Plague in India, 1896, 1897 - Volume 3
Year: 1896
Disease focus: Plague
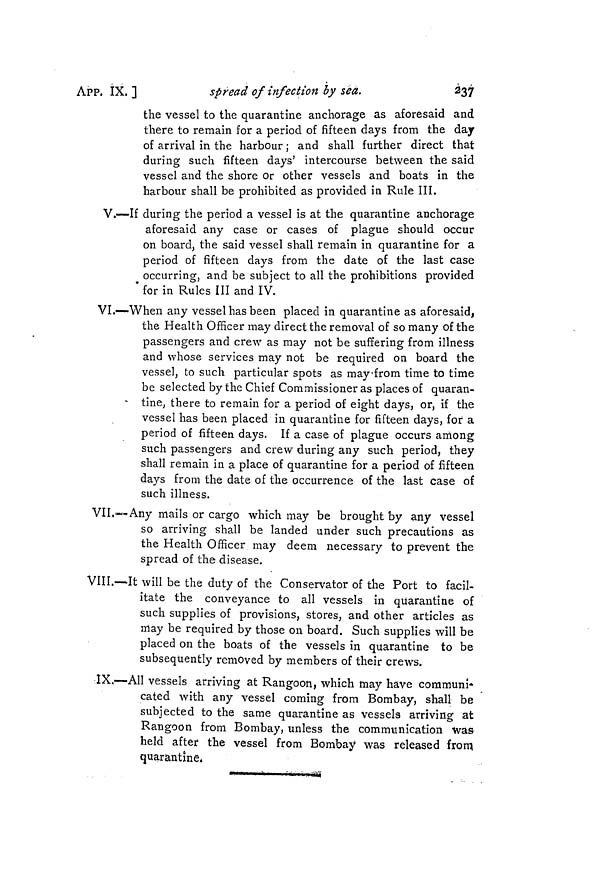
237
APP. IX.
]
spread of infection by sea.
the vessel to the quarantine anchorage as aforesaid and
there to remain for a period of fifteen days from the day
of arrival in the harbour ; and shall further direct that
during such fifteen days' intercourse between the said
vessel and the shore or other vessels and boats in the
harbour shall be prohibited as provided in Rule III.
V.—If during the period a vessel is at the quarantine anchorage
aforesaid any case or cases of plague should occur
on board, the said vessel shall remain in quarantine for a
period of fifteen days from the date of the last case
occurring, and be subject to all the prohibitions provided
for in Rules III and IV.
VI.—When any vessel has been placed in quarantine as aforesaid,
the Health Officer may direct the removal of so many of the
passengers and crew as may not be suffering from illness
and whose services may not be required on board the
vessel, to such particular spots as may from time to time
be selected by the Chief Commissioner as places of quaran-
tine, there to remain for a period of eight days, or, if the
vessel has been placed in quarantine for fifteen days, for a
period of fifteen days. If a case of plague occurs among
such passengers and crew during any such period, they
shall remain in a place of quarantine for a period of fifteen
days from the date of the occurrence of the last case of
such illness.
VII.—Any mails or cargo which may be brought by any vessel
so arriving shall be landed under such precautions as
the Health Officer may deem necessary to prevent the
spread of the disease.
VIII.—It will be the duty of the Conservator of the Port to facil-
itate the conveyance to all vessels m quarantine of
such supplies of provisions, stores, and other articles as
may be required by those on board. Such supplies will be
placed on the boats of the vessels in quarantine to be
subsequently removed by members of their crews.
IX.—All vessels arriving at Rangoon, which may have communi-
cated with any vessel coming from Bombay, shall be
subjected to the same quarantine as vessels arriving at
Rangoon from Bombay, unless the communication was
held after the vessel from Bombay was released from
quarantine.